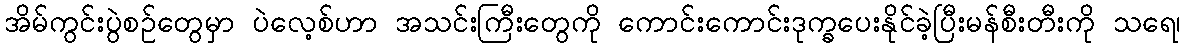
အိမ်ကွင်းပွဲစဉ်တွေမှာ ပဲလေ့စ်ဟာ အသင်းကြီးတွေကို ကောင်းကောင်းဒုက္ခပေးနိုင်ခဲ့ပြီးမန်စီးတီးကို သရေ၊